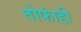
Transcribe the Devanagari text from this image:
तोफांही